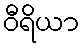
ဝီရိယာ